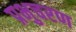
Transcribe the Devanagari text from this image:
प्रभुचरण